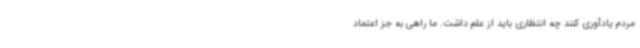
مردم یادآوری کنند چه انتظاری باید از علم داشت. ما راهی به جز اعتماد